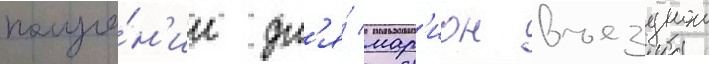
получе́н'ии дл'я́ мар'ион въезднои